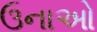
ઉનાઓ